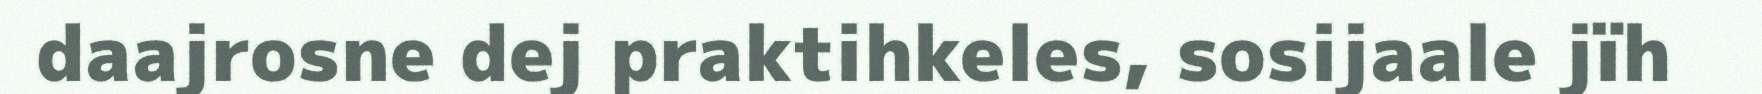
daajrosne dej praktihkeles, sosijaale jïh